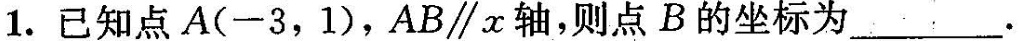
1.已知点A(-3，1)，AB \parallel x轴，则点B的坐标为___.